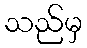
သည်မှ